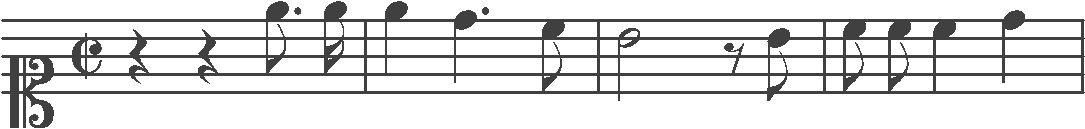
Transcription: clef-C1 timeSignature-C/ rest-quarter rest-quarter note-E5_eighth. note-E5_sixteenth barline note-E5_quarter note-D5_quarter. note-C5_eighth barline note-B4_half rest-eighth note-B4_eighth barline note-C5_eighth note-C5_eighth note-C5_quarter note-D5_quarter